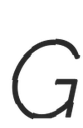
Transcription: G